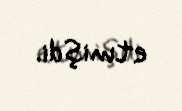
etmişdi.